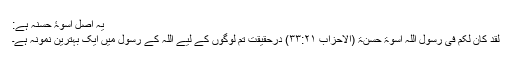
یہ اصل اسوۂ حسنہ ہے:
لَقَدْ کَانَ لَکُمْ فِیْ رَسُوْلِ اللّٰہِ اُسْوَۃٌ حَسَنَۃٌ (الاحزاب ۳۳:۲۱) درحقیقت تم لوگوں کے لیے اللہ کے رسولؐ میں ایک بہترین نمونہ ہے۔